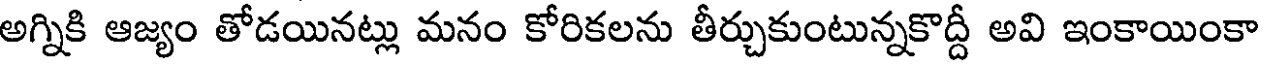
అగ్నికి ఆజ్యం తోడయినట్లు మనం కోరికలను తీర్చుకుంటున్నకొద్దీ అవి ఇంకాయింకా